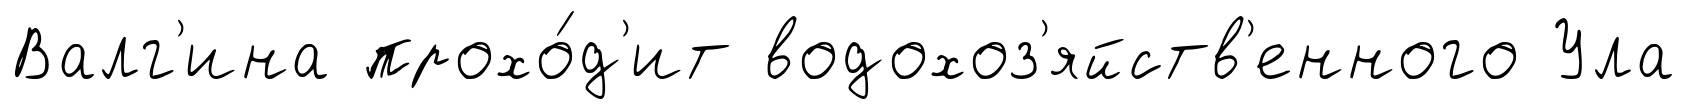
Валг'ина прохо́д'ит водохоз'яйств'енного Ула